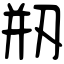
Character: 剏